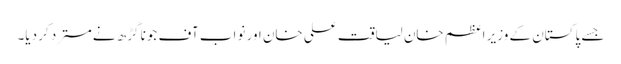
جسے پاکستان کے وزیر اعظم خان لیاقت علی خان اور نواب آف جونا گڑھ نےمسترد کر دیا۔